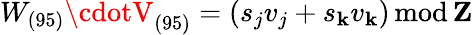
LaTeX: W_{(95)}\cdotV_{(95)}=(s_{j}v_{j}+s_{\mathbf{k}}v_{\mathbf{k}})\mathrm{{\, mod\, }}{\mathbf{Z}}